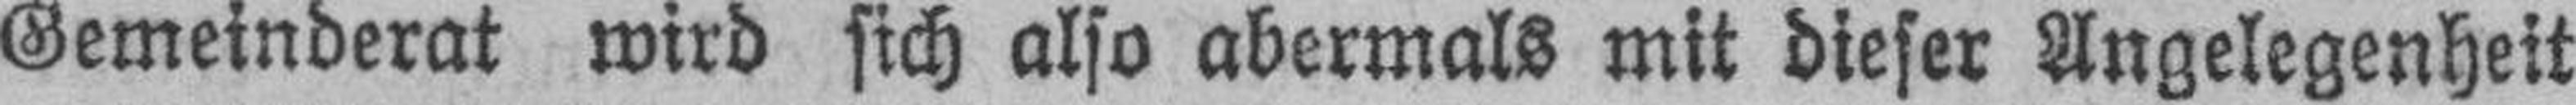
Gemeinderat wird sich also abermals mit dieser Angelegenheit